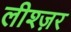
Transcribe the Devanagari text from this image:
लीश्ज़र